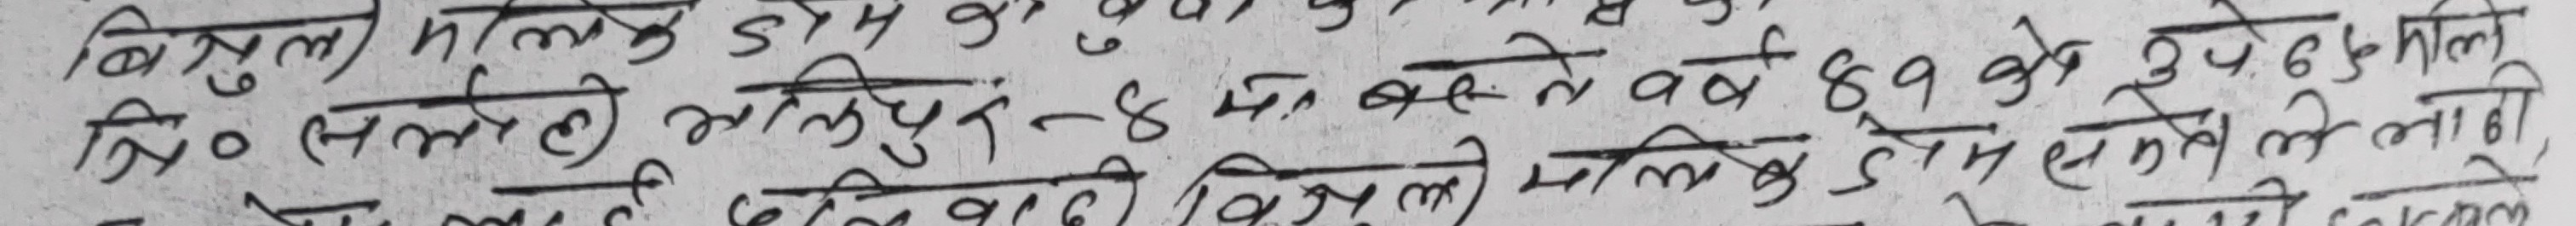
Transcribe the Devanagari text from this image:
बिजेन्द्र मालिक डौम कु० ८९ वर्ष दे० दु० हु० पति
शि० सलेही भागलपुर-४ मा बस्ने वर्ष ५० डौम सलेही लाही